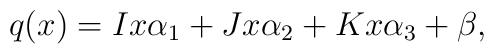
q(x)=Ix\alpha_1+Jx \alpha_2+Kx \alpha_3+\beta,